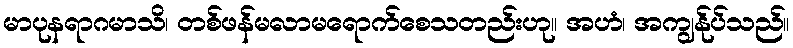
မာပုနရာဂမာသိ၊ တစ်ဖန်မလာမရောက်စေသတည်းဟု။ အဟံ၊ အကျွန်ုပ်သည်။